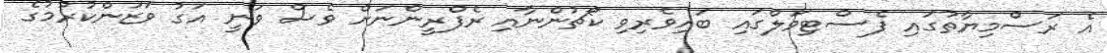
އެ ރަސްމިޔާތުގައި ފެސްޓިވަލްގައި ބައިވެރިވި ކޯޗުންނާއި ރެފްރީންނަށް ވެސް ވަނީ އަގު ވަޒަންކުރުމުގެ